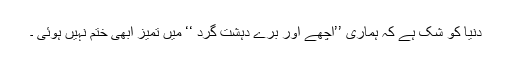
دنیا کو شک ہے کہ ہماری ’’اچھے اور برے دہشت گرد ‘‘ میں تمیز ابھی ختم نہیں ہوئی ۔